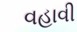
વહાવી